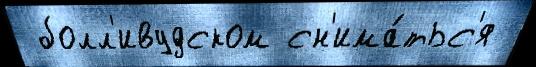
 болл'ивудском сн'има́тьс'я